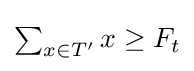
{\textstyle \sum _{x\in T'}x\geq F_{t}}